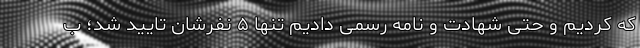
که کردیم و حتی شهادت و نامه ‌رسمی دادیم تنها ۵ نفرشان تایید شد؛ ب